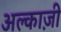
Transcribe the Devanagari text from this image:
अल्काज़ी